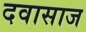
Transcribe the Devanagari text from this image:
दवासाज